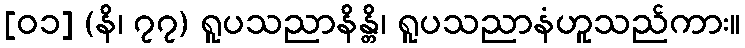
[၀၁] (နိ၊ ၇၇) ရူပသညာနိန္တိ၊ ရူပသညာနံဟူသည်ကား။